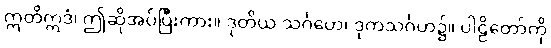
ဣတိဣဒံ၊ ဤဆိုအပ်ပြီးကား။ ဒုတိယ သင်္ဂဟေ၊ ဒုကသင်္ဂဟ၌။ ပါဠိတော်ကို